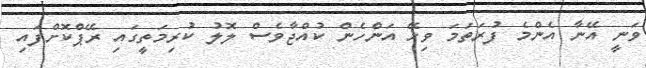
ވަނީ އޭނާ އެންމެ ފުރަތަމަ ވިހޭ އަންހެން ކުއްޖާވެސް ލޮލު ކުރިމަތީގައި ރޭޕްކޮށްފައި